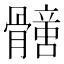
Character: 𩪟